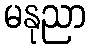
မနုညာ